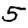
Digit: 5